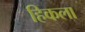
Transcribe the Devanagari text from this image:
हिकला